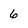
Character: 6